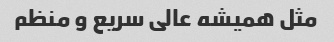
مثل همیشه عالی سریع و منظم